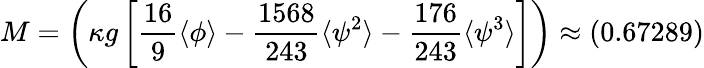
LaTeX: M=\left(\kappa g\left[\frac{16}{9}\langle\phi\rangle-\frac{1568}{243}\langle\psi^{2}\rangle-\frac{176}{243}\langle\psi^{3}\rangle\right]\right)\approx(0.67289)